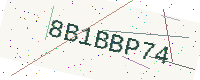
Text: 8B1BBP74